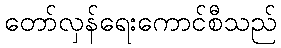
တော်လှန်ရေးကောင်စီသည်